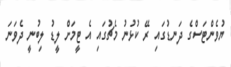
ޔުވެންޓަސްގެ ދަނޑުގައި ރޭ ކުޅުނު މެޗުގައި އެ ޓީމަށް ލީޑު ލިބުނީ ދެވަނަ